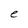
Character: e